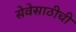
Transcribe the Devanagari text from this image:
सेवेसाठीची